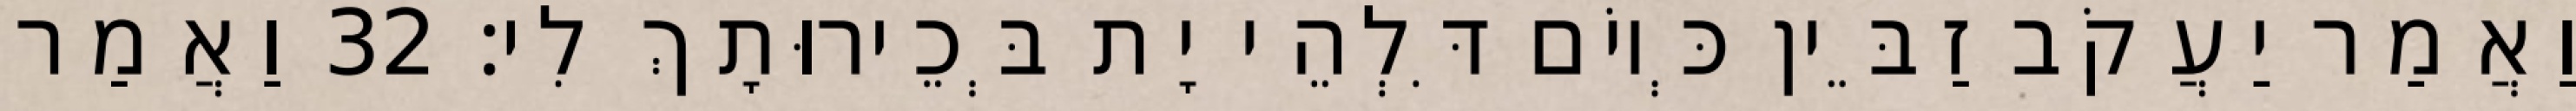
וַאֲמַר יַעֲקֹב זַבֵּין כְּיוֹם דִּלְהֵי יָת בְּכֵירוּתָךְ לִי׃ 32 וַאֲמַר